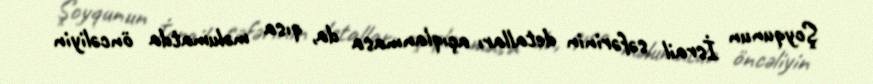
Şoyqunun İsrail səfərinin detalları açıqlanmasa da, qısa məlumatda öncəliyin